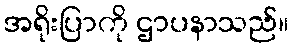
အရိုးပြာကို ဌာပနာသည်။